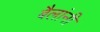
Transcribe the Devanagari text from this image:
बैलांनी